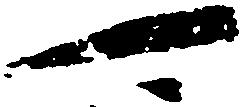
可